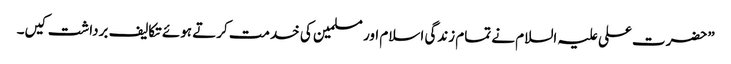
”حضرت علی علیہ السلام نے تمام زندگی اسلام اور مسلمین کی خدمت کرتے ہوئے تکالیف برداشت کیں۔